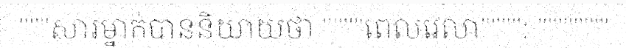
"""សារម្នាក់បាននិយាយថា """"ពេលវេលា"""": """""""